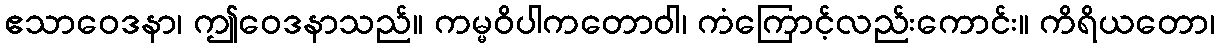
ဧသာဝေဒနာ၊ ဤဝေဒနာသည်။ ကမ္မဝိပါကတောဝါ၊ ကံကြောင့်လည်းကောင်း။ ကိရိယတော၊